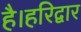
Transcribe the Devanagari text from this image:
है।हरिद्वार